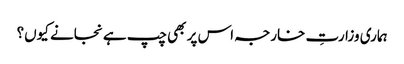
ہماری وزارتِ خارجہ اس پر بھی چپ ہے نجانے کیوں؟